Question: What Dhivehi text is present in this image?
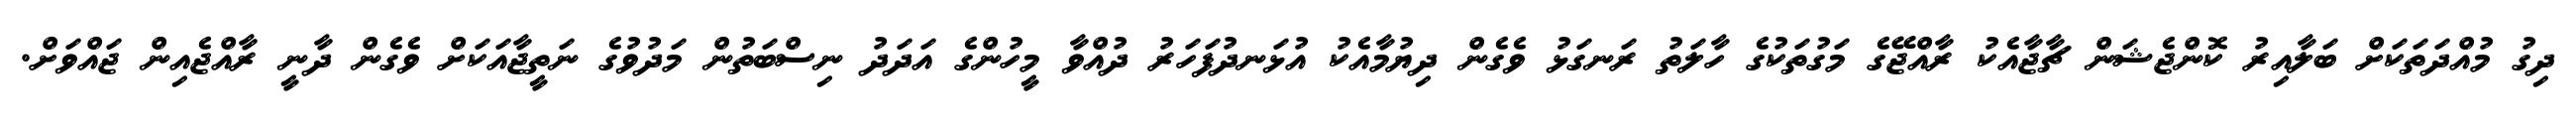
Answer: ދިގު މުއްދަތަކަށް ބަލާއިރު ކޮންޖެޝަން ޗާޖާއެކު ރާއްޖޭގެ މަގުތަކުގެ ހާލަތު ރަނގަޅު ވެގެން ދިޔުމާއެކު އުޅަނދުފަހަރު ދުއްވާ މީހުންގެ އަދަދު ނިސްބަތުން މަދުވުގެ ނަތީޖާއަކަށް ވެގެން ދާނީ ރާއްޖެއިން ޖައްވަށް.